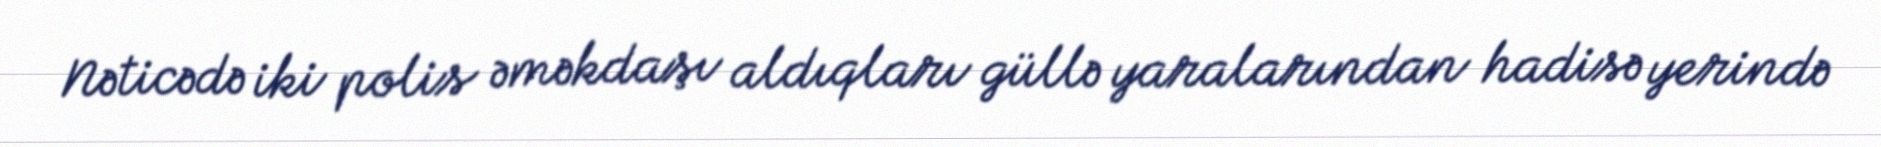
Nəticədə iki polis əməkdaşı aldıqları güllə yaralarından hadisə yerində